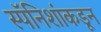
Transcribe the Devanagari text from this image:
स्पॅनिशांकडून